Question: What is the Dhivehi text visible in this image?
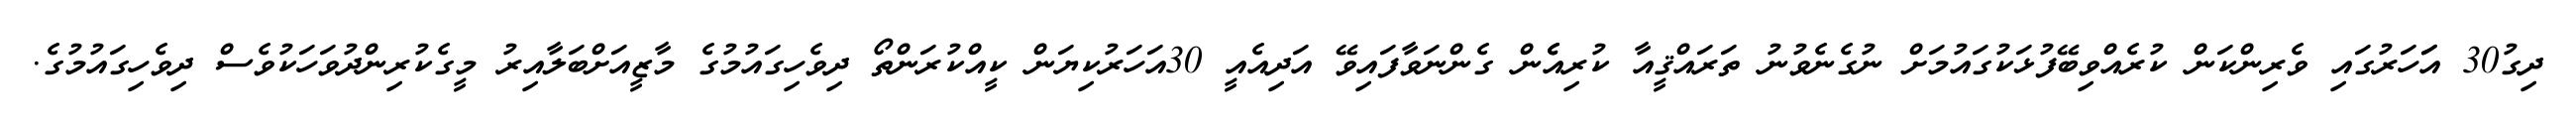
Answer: ދިގު30 އަަހަރުގައި ވެރިންކަން ކުރެއްވިބޭފުޅަކުގައުމަށް ނުގެނެވުނު ތަރައްޤީއާ ކުރިއެެން ގެންނަވާފައިވޭ އަދިއެއީ 30އަހަރުކިޔަން ކީއްކުރަންތޯ ދިވެހިގައުމުގެ މާޒީއަށްބަލާއިރު މީގެކުރިންދުވަހަކުވެސް ދިވެހިގައުމުގެ.